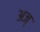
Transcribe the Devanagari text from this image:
अज्